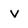
Character: v